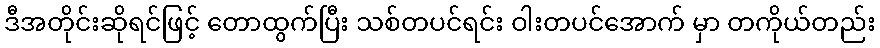
ဒီအတိုင်းဆိုရင်ဖြင့် တောထွက်ပြီး သစ်တပင်ရင်း ဝါးတပင်အောက် မှာ တကိုယ်တည်း